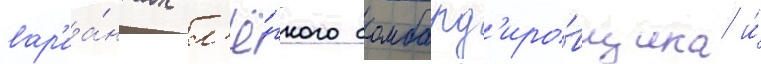
вар'иа́нтах л'ё́гкого бомбард'иро́вщика и́